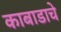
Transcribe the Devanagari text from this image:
काबाडाचे